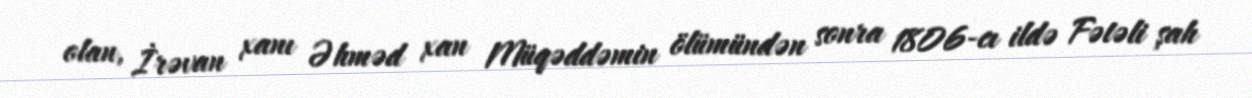
olan, İrəvan xanı Əhməd xan Müqəddəmin ölümündən sonra 1806-cı ildə Fətəli şah